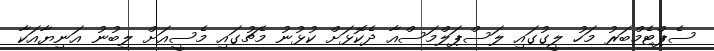
ސެޕްޓެމްބަރު މަހު ލީގުގައި ލަސްޕަލްމަސްއާ ދެކޮޅަށް ކުޅުނު މެޗުގައި މެސީއަށް ލިބުނު އަނިޔާއަކާ